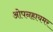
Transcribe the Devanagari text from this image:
ओपनहायमर